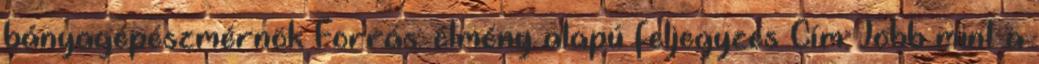
bányagépészmérnök Forrás: élmény alapú feljegyzés Cím: Jobb mint a